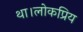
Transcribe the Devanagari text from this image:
था।लोकप्रिय